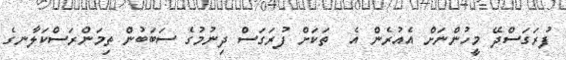
ފުރަގަސްދޭ މީހުންނަށް އެއުރެން އެ  ތަކަށް ފުރަގަސް ދިނުމުގެ ސަބަބުން ތިމަންރަސްކަލާނގެ